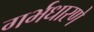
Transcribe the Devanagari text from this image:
गर्भधारणे